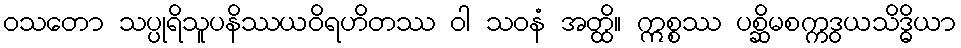
ဝသတော သပ္ပုရိသူပနိဿယဝိရဟိတဿ ဝါ သဝနံ အတ္ထိ။ ဣစ္စဿ ပစ္ဆိမစက္ကဒွယသိဒ္ဓိယာ